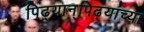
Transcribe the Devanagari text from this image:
पिढ्यान्‌पिढ्यांच्या